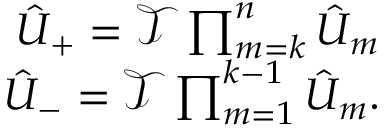
\begin{array} { r } { \hat { U } _ { + } = \mathcal { T } \prod _ { m = k } ^ { n } \hat { U } _ { m } } \\ { \hat { U } _ { - } = \mathcal { T } \prod _ { m = 1 } ^ { k - 1 } \hat { U } _ { m } . } \end{array}